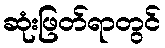
ဆုံးဖြတ်ရာတွင်